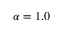
\alpha = 1 . 0